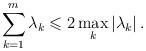
LaTeX: \begin{align*}\sum\limits_{k = 1}^m {\lambda _k } \leqslant 2\mathop {\max }\limits_k \left| {\lambda _k } \right|.\end{align*}